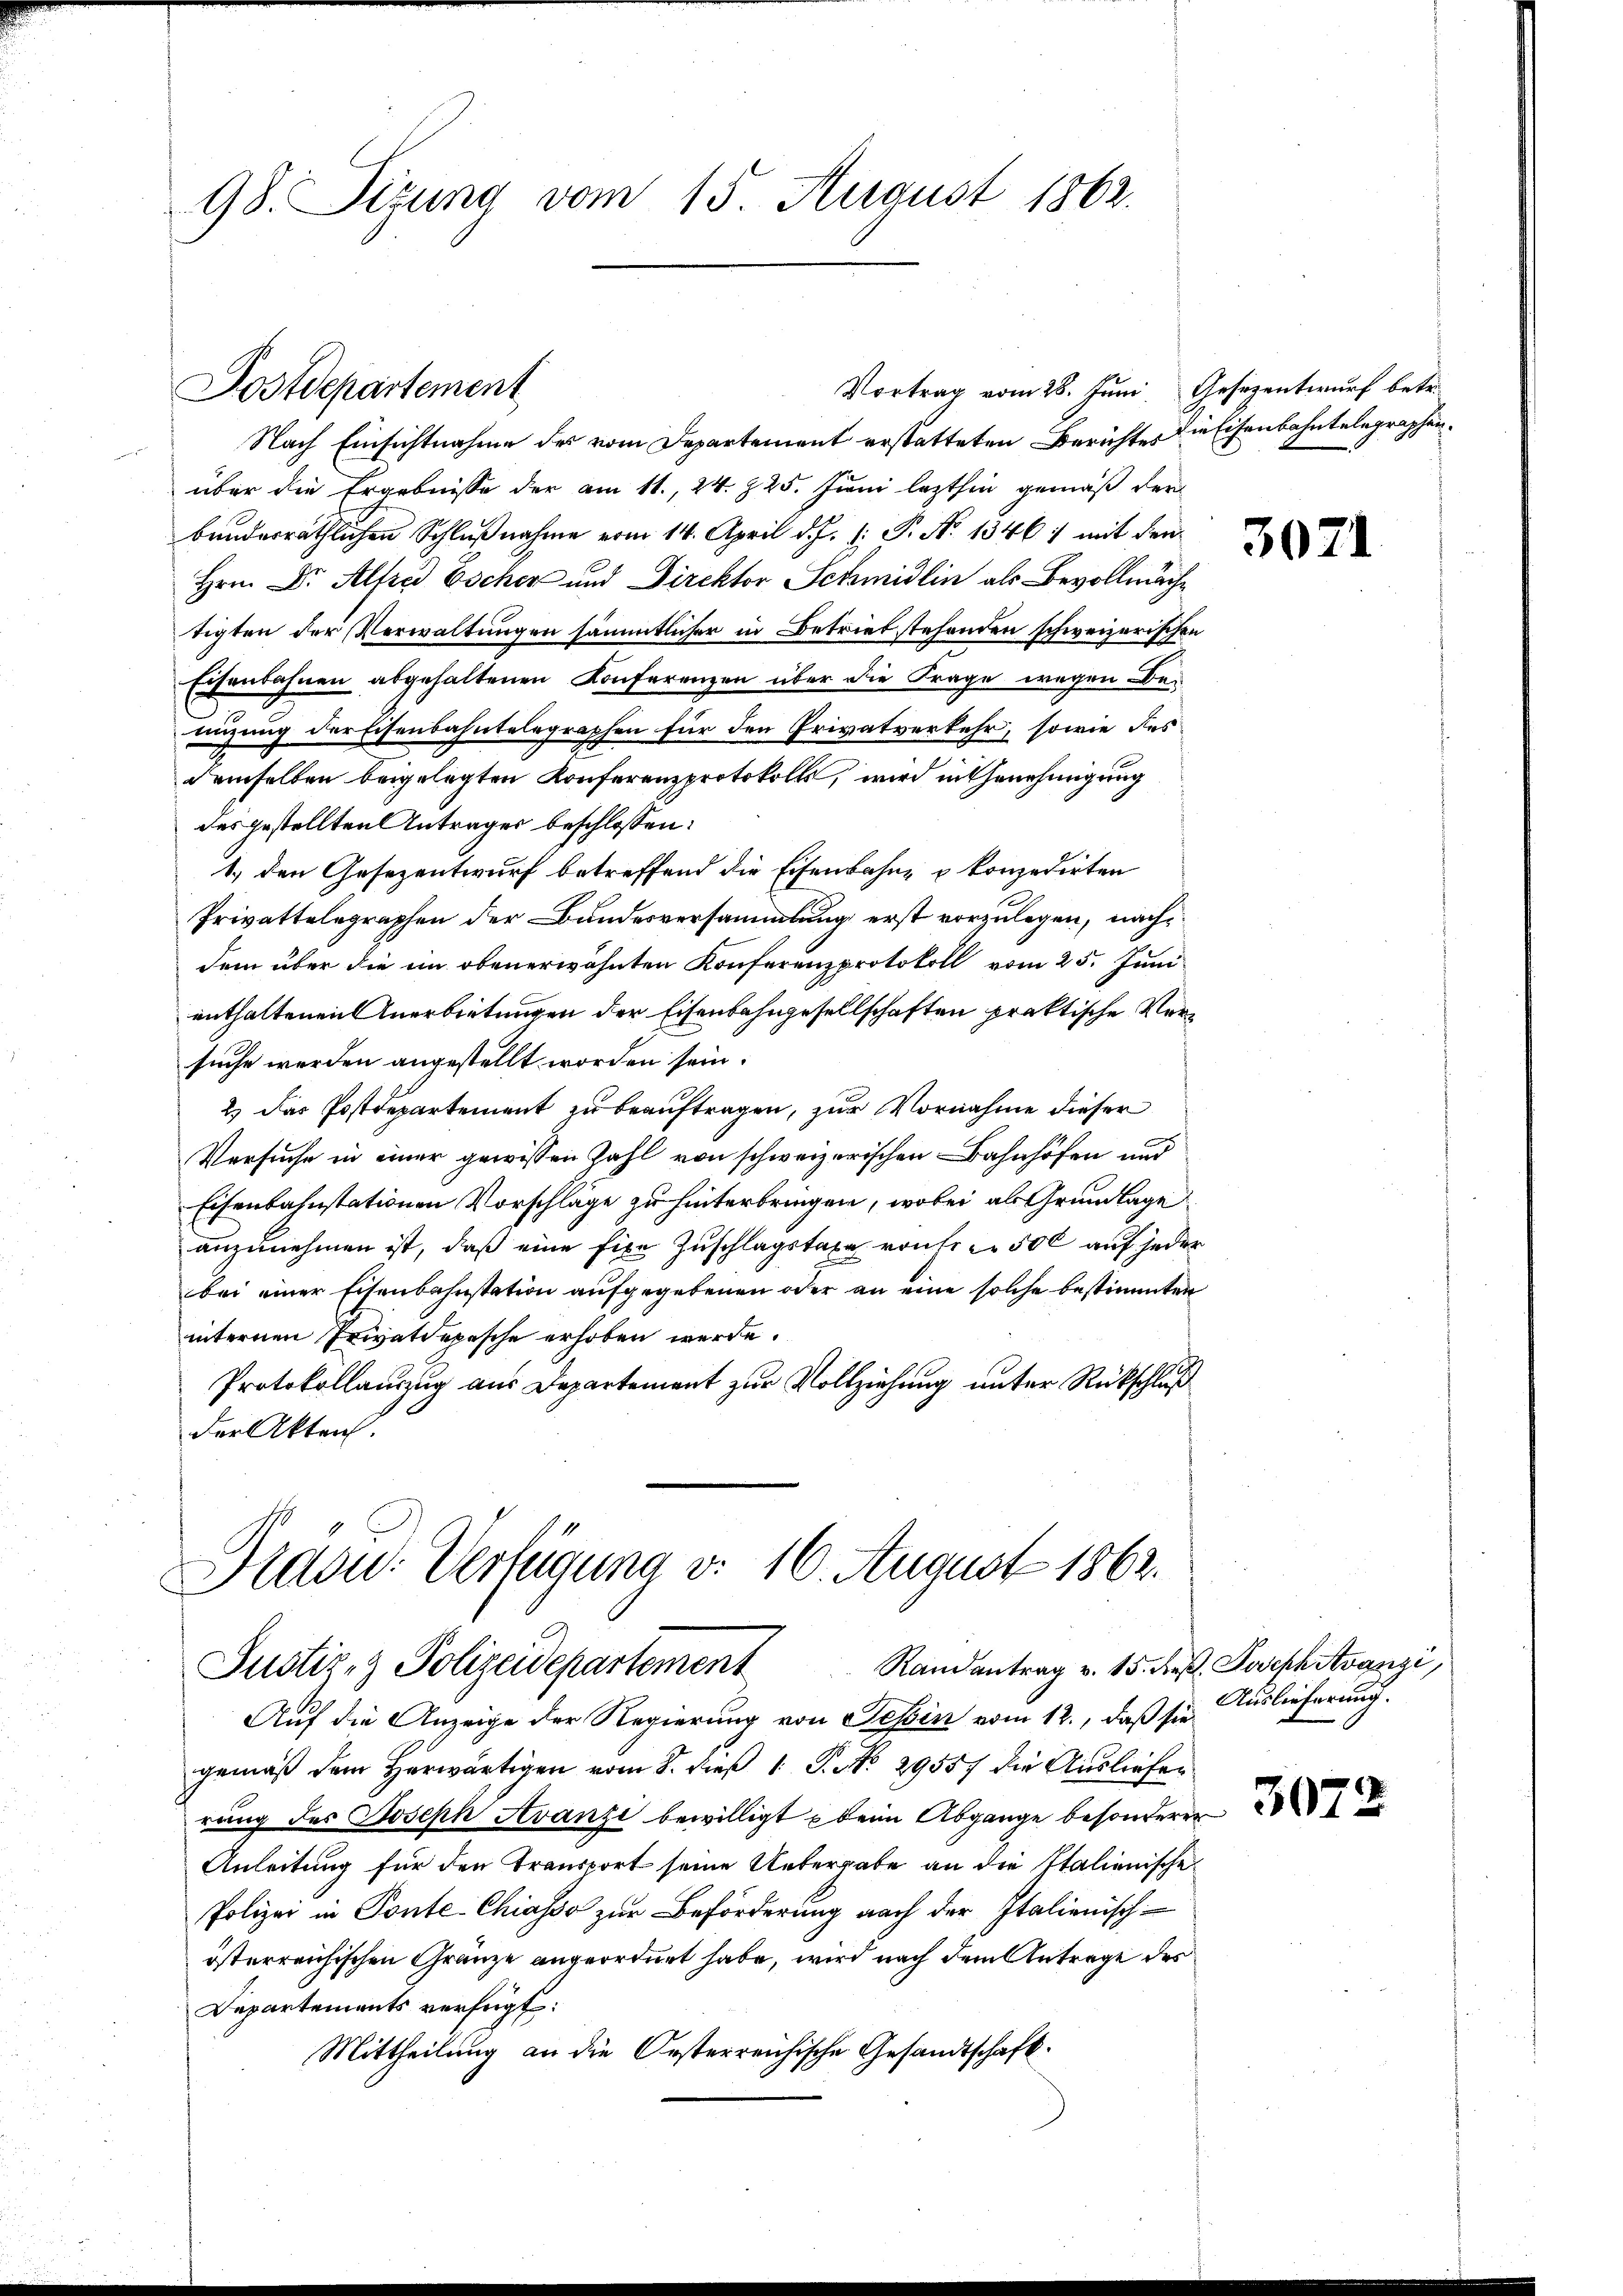
98. Sizung vom 15. August 1862.

Vortrag vom 28. Juni Gesezentwurf betr.
Nach Einsichtnahme des vom Departement erstatteten Berichtes die Eisenbahntelegraphenüber die Ergebnisse der am 11., 24. 225. Juni lezthin gemäß der
bunderräthlichen Schlußnahme vom 14. April d. J. J. P. N. 1346) mit den
Hrn. Dr. Alfred Escher und Direktor Schmidlin als Bevollmächtigten der Verwaltungen sämmtlicher in Betriebstehenden schweizerischen
Eisenbahnen abgehaltenen Konferenzen über die Frage wegen Benuzung der Eisenbahntelegraphen für den Privatverkehr, sowie des
demselben beigelegten Konferenzprotokolls, wird in Genehmigung
des gestellten Anträger beschlossen:
1.) den Gesezentwurf betreffend die Eisenbahne & konzedirten
Privattelegraphen der Bundesversammlung erst vorzulegen, nachdem über die ein obenerwähnten Konferenzprotokoll vom 25. Juni
enthaltenen Anerbietungen der Eisenbahngesellschaften praktische Versuche werden angestellt worden sein.
2.) Das Postdepartement zu beauftragen, zur Vornahme dieser
Versuche in einer gewissen Zahl von schweizerischen Bahnhöfen und
Eisenbahnstationen Vorschläge zu hinterbringen, wobei als Grundlage
anzunehmen ist, daß eine fixe Zuschlagstaxe von er 500 auf jeder
bei einer Eisenbahnstation aufgegebenen oder an eine solche bestimmten
internen Privatdepesche erhoben werde.
Protokollauszug aus Departement zur Vollziehung unter Rückschluß
der Akten.

Postdepartement

Kasu: Verfügung d. 16. August 1863.
Justiz- & Polizeidepartement Randantrag v. 15. d. Josephitvanzi

Auf die Anzeige der Regierung von Tessin vom 12., daß sie
gemäß dem Herwärtigen vom 2. dieß 1 S. NNo. 29557 die Ausliefen
rung des Joseph Avanzi bewilligt beim Abgange besonderer
Anleitung für den Transport seine Uebergabe an die Italienische
Polizei in Ponte-Chiasso zur Beförderung nach der Italienisch
österreichischen Gränze angeordnet habe, wird nach dem Antrage des
Departements verfügt:
Mittheilung an die Oesterreichische Gesandtschaft.

3071

Auslieferung.

3072